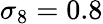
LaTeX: \sigma_{8}=0.8